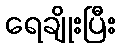
ရေချိုးပြီး